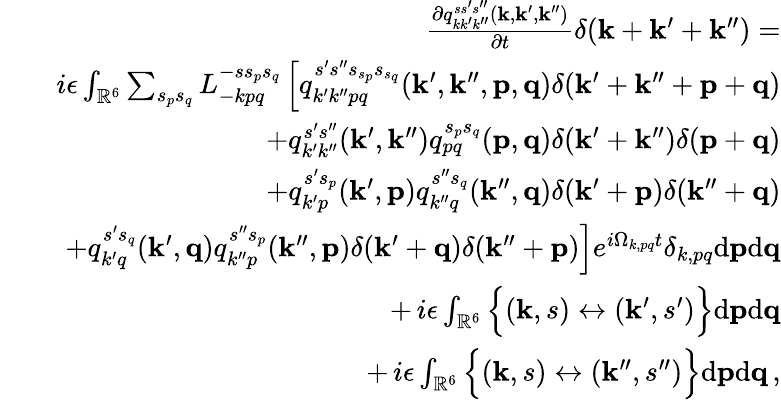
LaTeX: \begin{array}{rlr}&{}&{\frac{\partial q_{kk^{\prime}k^{\prime\prime}}^{ss^{\prime}s^{\prime\prime}}({\mathbf k},{\mathbf k}^{\prime},{\mathbf k}^{\prime\prime})}{\partial t}\delta({\mathbf k}+{\mathbf k}^{\prime}+{\mathbf k}^{\prime\prime})=}\\ &{}&{i\epsilon\int_{{\mathbb{R}}^{6}}\sum_{s_{p}s_{q}}L_{-kpq}^{-ss_{p}s_{q}}\left[q_{k^{\prime}k^{\prime\prime}pq}^{s^{\prime}s^{\prime\prime}s_{s_{p}}s_{s_{q}}}({\mathbf k}^{\prime},{\mathbf k}^{\prime\prime},{\mathbf p},{\mathbf q})\delta({\mathbf k}^{\prime}+{\mathbf k}^{\prime\prime}+{\mathbf p}+{\mathbf q})\right.}\\ &{}&{+q_{k^{\prime}k^{\prime\prime}}^{s^{\prime}s^{\prime\prime}}({\mathbf k}^{\prime},{\mathbf k}^{\prime\prime})q_{pq}^{s_{p}s_{q}}({\mathbf p},{\mathbf q})\delta({\mathbf k}^{\prime}+{\mathbf k}^{\prime\prime})\delta({\mathbf p}+{\mathbf q})}\\ &{}&{+q_{k^{\prime}p}^{s^{\prime}s_{p}}({\mathbf k}^{\prime},{\mathbf p})q_{k^{\prime\prime}q}^{s^{\prime\prime}s_{q}}({\mathbf k}^{\prime\prime},{\mathbf q})\delta({\mathbf k}^{\prime}+{\mathbf p})\delta({\mathbf k}^{\prime\prime}+{\mathbf q})}\\ &{}&{\left.+q_{k^{\prime}q}^{s^{\prime}s_{q}}({\mathbf k}^{\prime},{\mathbf q})q_{k^{\prime\prime}p}^{s^{\prime\prime}s_{p}}({\mathbf k}^{\prime\prime},{\mathbf p})\delta({\mathbf k}^{\prime}+{\mathbf q})\delta({\mathbf k}^{\prime\prime}+{\mathbf p})\right]e^{i\Omega_{k,pq}t}\delta_{k,pq}\mathrm{d}{\mathbf p}\mathrm{d}{\mathbf q}}\\ &{}&{+\, i\epsilon\int_{{\mathbb{R}}^{6}}\Big\{ ({\mathbf k},s)\leftrightarrow({\mathbf k}^{\prime},s^{\prime})\Big\} \mathrm{d}{\mathbf p}\mathrm{d}{\mathbf q}}\\ &{}&{+\, i\epsilon\int_{{\mathbb{R}}^{6}}\Big\{ ({\mathbf k},s)\leftrightarrow({\mathbf k}^{\prime\prime},s^{\prime\prime})\Big\} \mathrm{d}{\mathbf p}\mathrm{d}{\mathbf q}\, ,}\end{array}